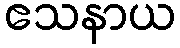
ဧသနာယ